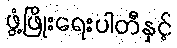
ဖွံ့ဖြိုးရေးပါတီနှင့်